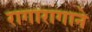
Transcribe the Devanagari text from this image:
रागारागाने